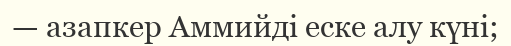
— азапкер Аммийді еске алу күні;